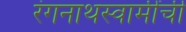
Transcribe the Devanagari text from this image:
रंगनाथस्वामींची